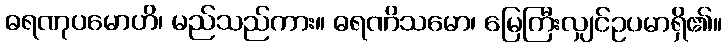
ဓရဏုပမောဟိ၊ မည်သည်ကား။ ဓရဏိသမော၊ မြေကြီးလျှင်ဥပမာရှိ၏။